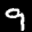
Label: 9